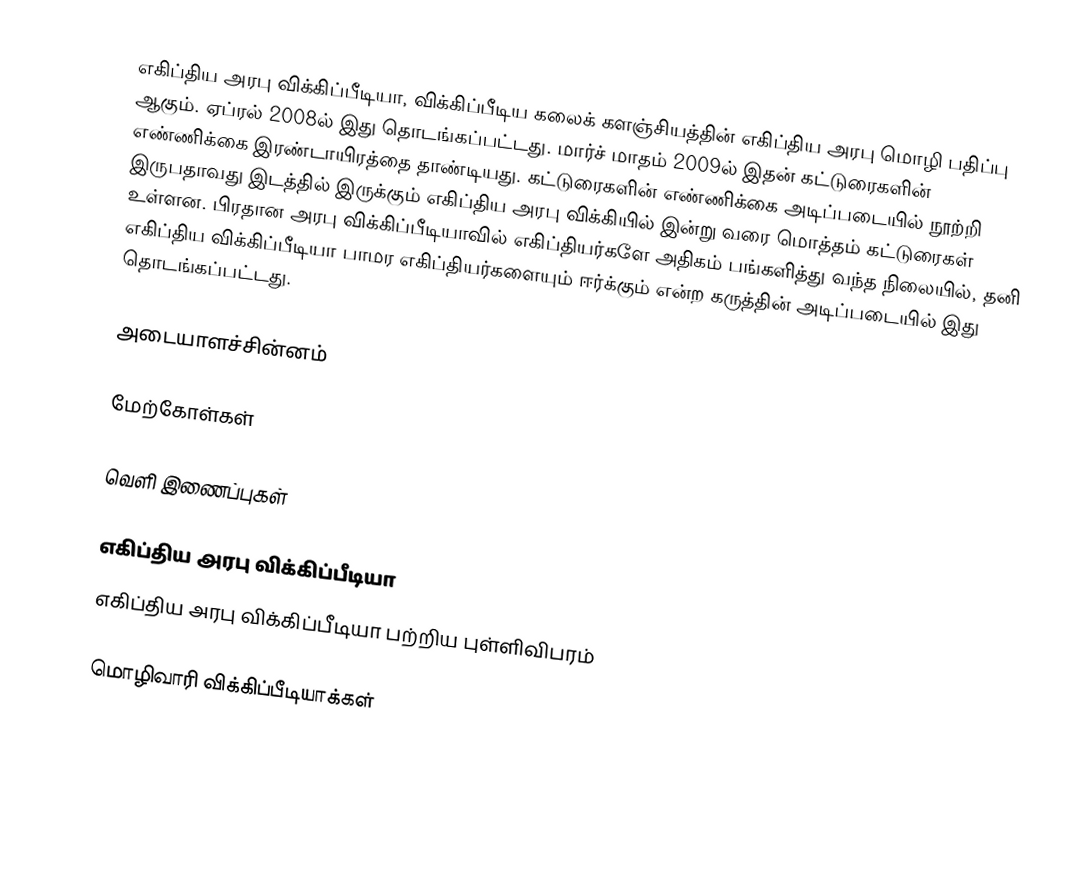
எகிப்திய அரபு விக்கிப்பீடியா, விக்கிப்பீடிய கலைக் களஞ்சியத்தின் எகிப்திய அரபு மொழி பதிப்பு ஆகும். ஏப்ரல் 2008ல் இது தொடங்கப்பட்டது. மார்ச் மாதம் 2009ல் இதன் கட்டுரைகளின் எண்ணிக்கை இரண்டாயிரத்தை தாண்டியது. கட்டுரைகளின் எண்ணிக்கை அடிப்படையில் நூற்றி இருபதாவது இடத்தில் இருக்கும் எகிப்திய அரபு விக்கியில் இன்று வரை மொத்தம் கட்டுரைகள் உள்ளன. பிரதான அரபு விக்கிப்பீடியாவில் எகிப்தியர்களே அதிகம் பங்களித்து வந்த நிலையில், தனி எகிப்திய விக்கிப்பீடியா பாமர எகிப்தியர்களையும் ஈர்க்கும் என்ற கருத்தின் அடிப்படையில் இது தொடங்கப்பட்டது.

அடையாளச்சின்னம்

மேற்கோள்கள்

வெளி இணைப்புகள்

 எகிப்திய அரபு விக்கிப்பீடியா
 எகிப்திய அரபு விக்கிப்பீடியா பற்றிய புள்ளிவிபரம்

மொழிவாரி விக்கிப்பீடியாக்கள்